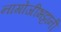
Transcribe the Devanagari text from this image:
नागोजीभट्टांनी